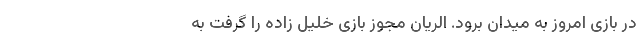
در بازی امروز به میدان برود. الریان مجوز بازی خلیل زاده را گرفت به